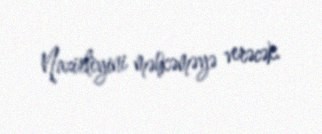
Nazirliyini məhkəməyə verəcək.